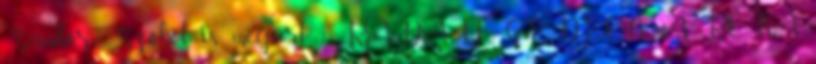
Sándor: Szóból is megárt 1 RÁDAY GEDEON: A RÓKA